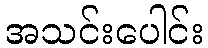
အသင်းပေါင်း